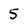
Character: 5